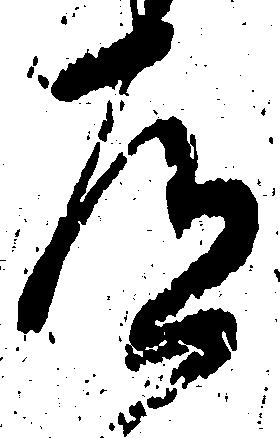
道